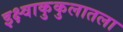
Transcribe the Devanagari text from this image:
इक्ष्वाकुकुलातला